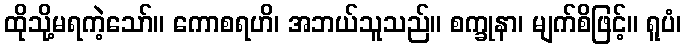
ထိုသို့မရကဲ့သော်။ ကောစရဟိ၊ အဘယ်သူသည်။ စက္ခုနာ၊ မျက်စိဖြင့်။ ရူပံ၊